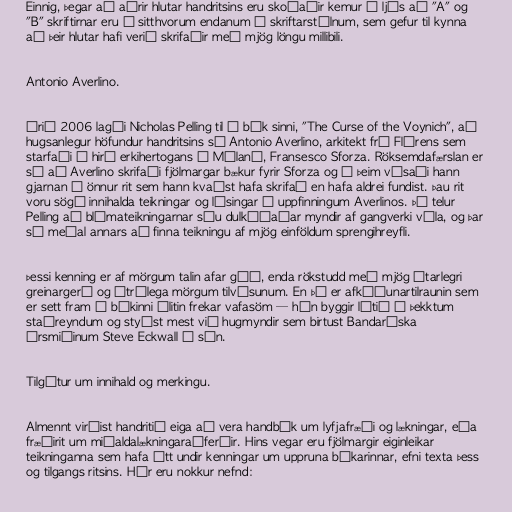
Einnig, þegar að aðrir hlutar handritsins eru skoðaðir kemur í ljós að "A" og
"B" skriftirnar eru á sitthvorum endanum á skriftarstílnum, sem gefur til kynna
að þeir hlutar hafi verið skrifaðir með mjög löngu millibili.

Antonio Averlino.

Árið 2006 lagði Nicholas Pelling til í bók sinni, "The Curse of the Voynich", að
hugsanlegur höfundur handritsins sé Antonio Averlino, arkitekt frá Flórens sem
starfaði í hirð erkihertogans í Mílanó, Fransesco Sforza. Röksemdafærslan er
sú að Averlino skrifaði fjölmargar bækur fyrir Sforza og í þeim vísaði hann
gjarnan á önnur rit sem hann kvaðst hafa skrifað en hafa aldrei fundist. Þau rit
voru sögð innihalda teikningar og lýsingar á uppfinningum Averlinos. Þá telur
Pelling að blómateikningarnar séu dulkóðaðar myndir af gangverki véla, og þar
sé meðal annars að finna teikningu af mjög einföldum sprengihreyfli.

Þessi kenning er af mörgum talin afar góð, enda rökstudd með mjög ítarlegri
greinargerð og ótrúlega mörgum tilvísunum. En þó er afkóðunartilraunin sem
er sett fram í bókinni álitin frekar vafasöm — hún byggir lítið á þekktum
staðreyndum og styðst mest við hugmyndir sem birtust Bandaríska
úrsmiðinum Steve Eckwall í sýn.

Tilgátur um innihald og merkingu.

Almennt virðist handritið eiga að vera handbók um lyfjafræði og lækningar, eða
fræðirit um miðaldalækningaraðferðir. Hins vegar eru fjölmargir eiginleikar
teikninganna sem hafa ýtt undir kenningar um uppruna bókarinnar, efni texta þess
og tilgangs ritsins. Hér eru nokkur nefnd: